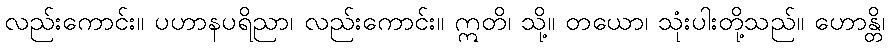
လည်းကောင်း။ ပဟာနပရိညာ၊ လည်းကောင်း။ ဣတိ၊ သို့။ တယော၊ သုံးပါးတို့သည်။ ဟောန္တိ၊